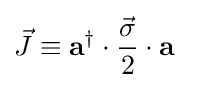
{\vec {J}}\equiv {\mathbf {a} }^{\dagger }\cdot {\frac {\vec {\sigma }}{2}}\cdot {\mathbf {a} }~